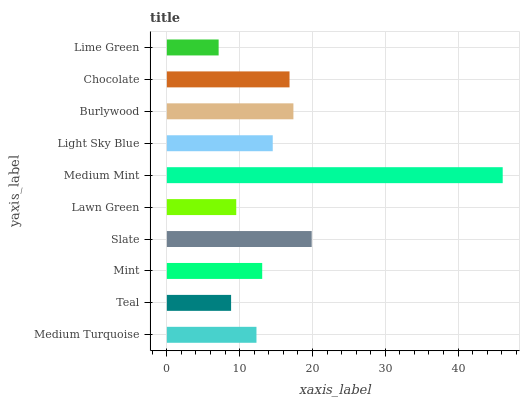
| yaxis_label | bars |
 | --- | --- |
 | Medium Turquoise | 12.3 |
 | Teal | 8.82 |
 | Mint | 13.1 |
 | Slate | 19.9 |
 | Lawn Green | 9.53 |
 | Medium Mint | 46.1 |
 | Light Sky Blue | 14.5 |
 | Burlywood | 17.4 |
 | Chocolate | 16.9 |
 | Lime Green | 7.11 |